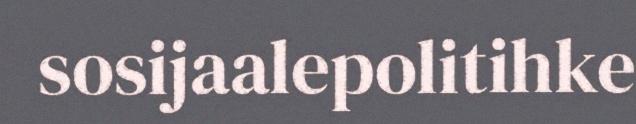
sosijaalepolitihke